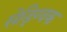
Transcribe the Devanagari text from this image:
सेड्ग्विक